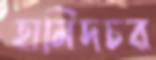
হামিদচর